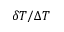
\delta T / \Delta T